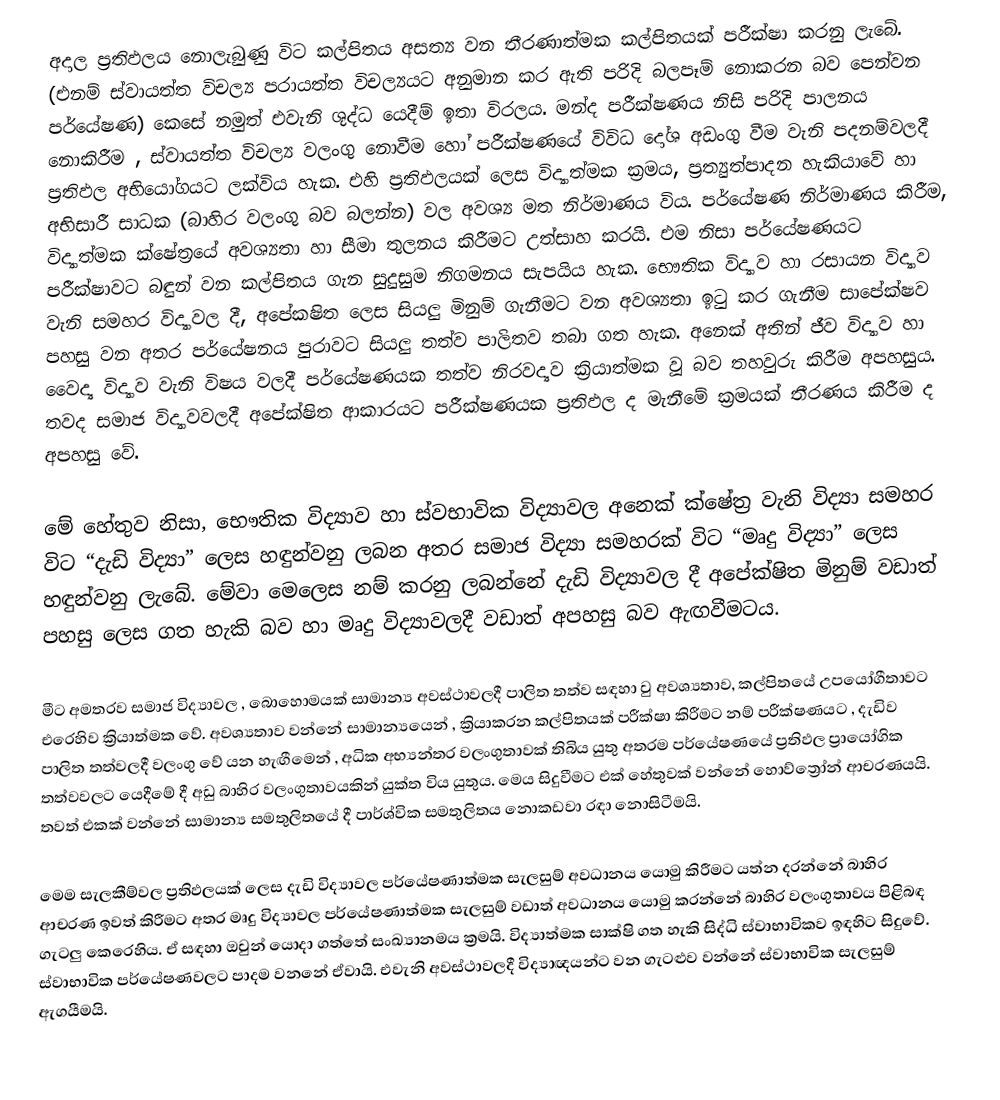
අදාල ප්‍රතිඵලය නොලැබුණු විට කල්පිතය අසත්‍ය වන තීරණාත්මක කල්පිතයක් පරීක්ෂා  කරනු ලැබේ. (එනම් ස්වායත්ත විචල්‍ය පරායත්ත විචල්‍යයට අනුමාන කර ඇති පරිදි බලපෑම් නොකරන බව පෙන්වන පර්යේෂණ) කෙසේ නමුත් එවැනි ශුද්ධ යෙදීම් ඉතා විරලය. මන්ද පරීක්ෂණය නිසි පරිදි පාලනය නොකිරීම , ස්වායත්ත විචල්‍ය වලංගු නොවීම හෝ පරීක්ෂණයේ විවිධ දෝශ අඩංගු වීම වැනි පදනම්වලදී ප්‍රතිඵල අභියෝගයට ලක්විය  හැක. එහි ප්‍රතිඵලයක් ලෙස විද්‍යාත්මක ක්‍රමය, ප්‍රත්‍යුත්පාදන හැකියාවේ හා අභිසාරී සාධක (බාහිර වලංගු බව බලන්න) වල අවශ්‍ය මත නිර්මාණය විය. පර්යේෂණ නිර්මාණය කිරීම, විද්‍යාත්මක ක්ෂේත්‍රයේ අවශ්‍යතා හා සීමා තුලනය කිරීමට උත්සාහ කරයි. එම නිසා පර්යේෂණයට පරීක්ෂාවට බඳුන් වන කල්පිතය ගැන සුදුසුම නිගමනය සැපයිය හැක. භෞතික විද්‍යාව හා රසායන විද්‍යාව වැනි සමහර විද්‍යාවල දී, අපේකෂිත ලෙස සියලු මිනුම් ගැනීමට වන අවශ්‍යතා ඉටු කර ගැනීම සාපේක්ෂව පහසු වන අතර පර්යේෂනය පුරාවට සියලු තත්ව පාලිතව තබා ගත හැක. අනෙක් අතින් ජීව විද්‍යාව හා වෛද්‍ය විද්‍යාව වැනි විෂය වලදී පර්යේෂණයක තත්ව නිරවද්‍යව ක්‍රියාත්මක වූ බව තහවුරු කිරීම අපහසුය. තවද සමාජ විද්‍යාවවලදී අපේක්ෂිත ආකාරයට පරීක්ෂණයක ප්‍රතිඵල ද මැනීමේ ක්‍රමයක් තීරණය කිරීම ද අපහසු වේ.

මේ හේතුව නිසා, භෞතික විද්‍යාව හා ස්වභාවික විද්‍යාවල අනෙක් ‍ක්ෂේත්‍ර වැනි විද්‍යා සමහර විට “දැඩි  විද්‍යා” ලෙස හඳුන්වනු ලබන අතර සමාජ විද්‍යා සමහරක් විට “මෘදු විද්‍යා” ලෙස හඳුන්වනු ලැබේ. මේවා මෙලෙස නම් කරනු ලබන්නේ දැඩි විද්‍යාවල දී අපේක්ෂිත මිනුම් වඩාත් පහසු ලෙස ගත හැකි බව හා මෘදු විද්‍යාවලදී වඩාත් අපහසු බව ඇඟවීමටය.

මීට අමතරව සමාජ විද්‍යාවල , බොහොමයක් සාමාන්‍ය අවස්ථාවලදී පාලිත තත්ව සඳහා වු අවශ්‍යතාව, කල්පිතයේ උපයෝගීතාවට එරෙහිව ක්‍රියාත්මක වේ. අවශ්‍යතාව වන්නේ සාමාන්‍යයෙන් , ක්‍රියාකරන කල්පිතයක් පරීක්ෂා කිරීමට නම් පරීක්ෂණයට , දැඩිව පාලිත තත්වලදී වලංගු වේ යන හැඟීමෙන් , අධික අභ්‍යන්තර වලංගුතාවක් තිබිය යුතු අතරම පර්යේෂණයේ ප්‍රතිඵල ප්‍රායෝගික තත්වවලට යෙදීමේ දී අඩු බාහිර වලංගුතාවයකින් යුක්ත විය යුතුය. මෙය සිදුවීමට එක් හේතුවක් වන්නේ හොව්ත්‍රෝන් ආචරණයයි. තවත් එකක් වන්නේ සාමාන්‍ය සමතුලිතයේ දී පාර්ශ්වික සමතුලිතය නොකඩවා රඳා නොසිටීමයි.

මෙම සැලකී‍ම්වල ප්‍රතිඵලයක් ලෙස දැඩි විද්‍යාවල පර්යේෂණාත්මක සැලසුම් අවධානය යොමු කිරීමට යත්න දරන්නේ බාහිර ආචරණ ඉවත් කිරීමට අතර මෘදු විද්‍යාවල පර්යේෂණාත්මක සැලසුම් වඩාත් අවධානය යොමු කරන්නේ බාහිර වලංගුතාවය පිළිබඳ ගැටලු කෙරෙහිය. ඒ සඳහා ඔවුන් යොදා ගත්තේ සංඛ්‍යානමය ක්‍රමයි. විද්‍යාත්මක සාක්ෂි ගත හැකි සිද්ධි ස්වාභාවිකව ඉඳහිට සිදුවේ. ස්වාභාවික පර්යේෂණවලට පාදම වනනේ ඒවායි. එවැනි අවස්ථාවලදී විද්‍යාඥයන්ට වන ගැටළුව වන්නේ ස්වාභාවික සැලසුම් ඇගයීමයි.